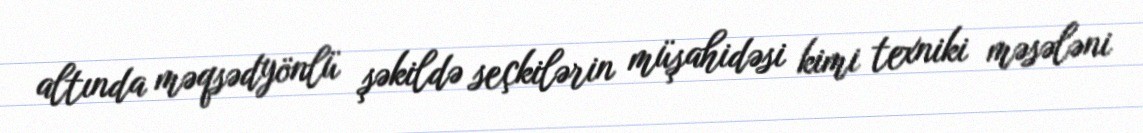
altında məqsədyönlü şəkildə seçkilərin müşahidəsi kimi texniki məsələni